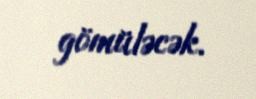
gömüləcək.